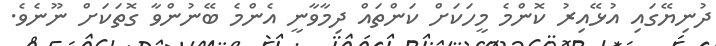
ދުނިޔޭގައި އުޅޭއިރު ކޮންމެ މީހަކަށް ކަންތައް ދިމާވާނީ އެންމެ ބޭނުންވާ ގޮތަކަށް ނޫނެވެ.